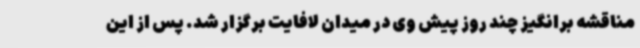
مناقشه برانگیز چند روز پیش وی در میدان لافایت برگزار شد. پس از این